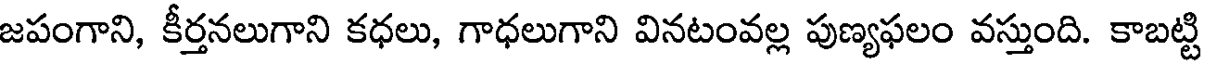
జపంగాని, కీర్తనలుగాని కధలు, గాధలుగాని వినటంవల్ల పుణ్యఫలం వస్తుంది. కాబట్టి